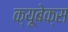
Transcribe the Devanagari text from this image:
क्यूबेक्स